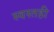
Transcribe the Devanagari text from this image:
स्वस्तही